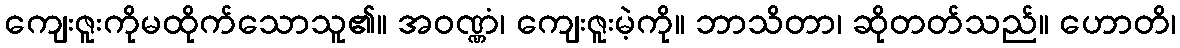
ကျေးဇူးကိုမထိုက်သောသူ၏။ အဝဏ္ဏံ၊ ကျေးဇူးမဲ့ကို။ ဘာသိတာ၊ ဆိုတတ်သည်။ ဟောတိ၊